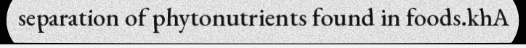
separation of phytonutrients found in foods.khA